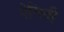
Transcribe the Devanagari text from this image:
ऐसिती